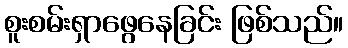
စူးစမ်းရှာဖွေနေခြင်း ဖြစ်သည်။